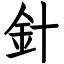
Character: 針